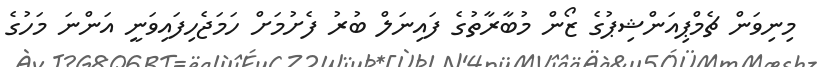
މިނިވަން ޗެމްޕިއަންޝިޕުގެ ޒޯން މުބާރާތުގެ ފައިނަލް ބުރު ފެށުމަށް ހަމަޖެހިފައިވަނީ އަންނަ މަހުގެ